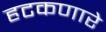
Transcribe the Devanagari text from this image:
हटकणारे